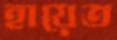
হায়েত